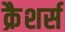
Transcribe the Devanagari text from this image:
क्रैशर्स